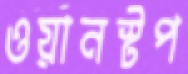
ওয়ানস্টপ